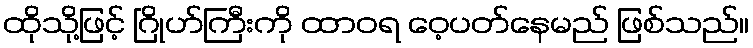
ထိုသို့ဖြင့် ဂြိုဟ်ကြီးကို ထာဝရ ဝေ့ပတ်နေမည် ဖြစ်သည်။